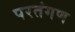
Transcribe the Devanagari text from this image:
परतंगण